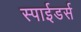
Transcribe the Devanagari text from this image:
स्पाईडर्स